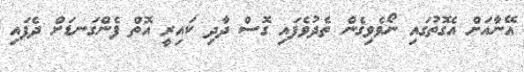
އޭނާއަށް އެގޮތުގައި ނޯވެވިގެން ތެދުވެފައި ގޮސް ދާދި ކައިރީ އޮތް ފެންގަނޑަށް ދެފައި